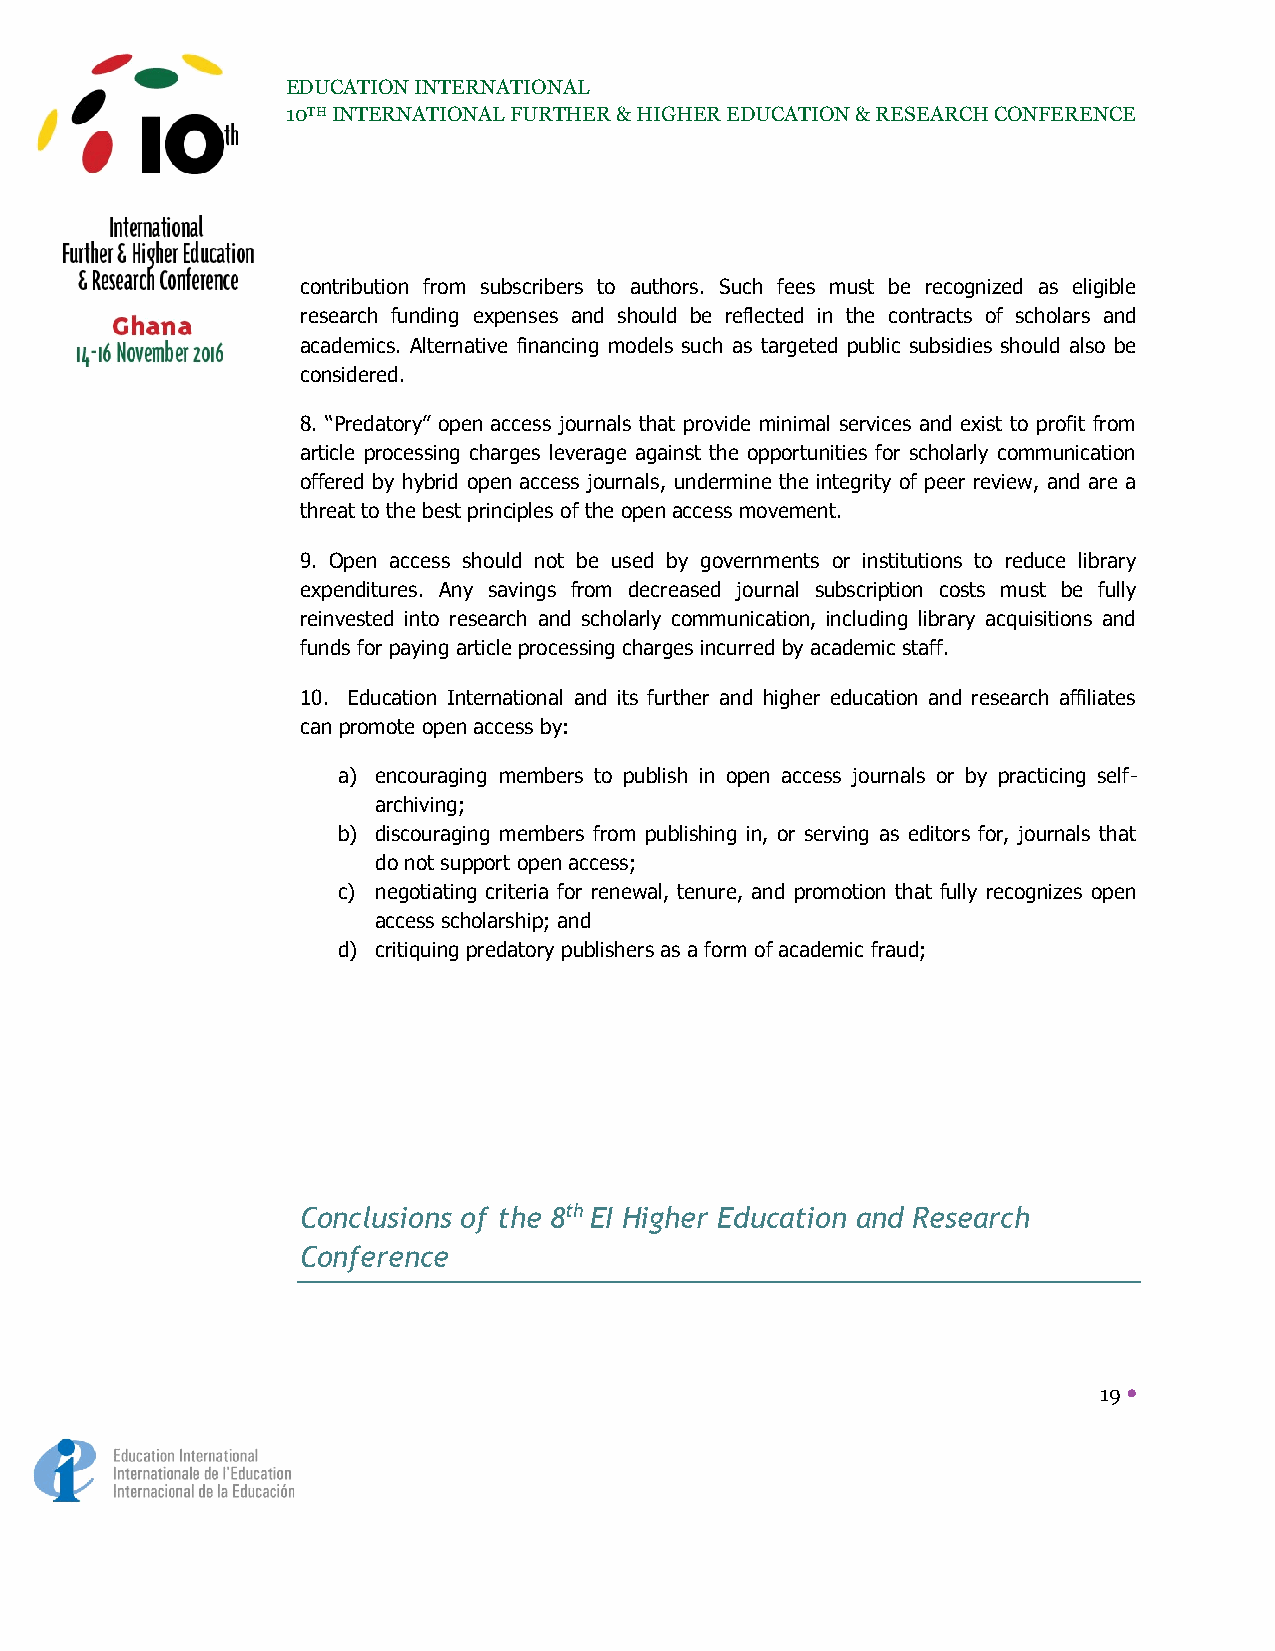
EDUCATION INTERNATIONAL
 10TH INTERNATIONAL FURTHER & HIGHER EDUCATION & RESEARCH CONFERENCE
 contribution from subscribers to authors. Such fees must be recognized as eligible
 research funding expenses and should be reflected in the contracts of scholars and
 academics. Alternative financing models such as targeted public subsidies should also be
 considered.
 8. “Predatory” open access journals that provide minimal services and exist to profit from
 article processing charges leverage against the opportunities for scholarly communication
 offered by hybrid open access journals, undermine the integrity of peer review, and are a
 threat to the best principles of the open access movement.
 9. Open access should not be used by governments or institutions to reduce library
 expenditures. Any savings from decreased journal subscription costs must be fully
 reinvested into research and scholarly communication, including library acquisitions and
 funds for paying article processing charges incurred by academic staff.
 10. Education International and its further and higher education and research affiliates
 can promote open access by:
 a) encouraging members to publish in open access journals or by practicing self-
 archiving;
 b) discouraging members from publishing in, or serving as editors for, journals that
 do not support open access;
 c) negotiating criteria for renewal, tenure, and promotion that fully recognizes open
 access scholarship; and
 d) critiquing predatory publishers as a form of academic fraud;
 Conclusions of the 8th EI Higher Education and Research
 Conference
 19 